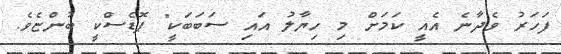
ފަހަރު ވެދާނެ އެއީ ކަމަށް މި ހިޔާލު އައި ސަބަބަކީ" ޕޮޑެސްކީ ބުންޏެވެ.